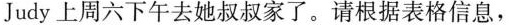
Judy上周六下午去她叔叔家了.请根据表格信息,